Vaccination in Bombay 1869-1873 - 1869-1873
Year: 1869
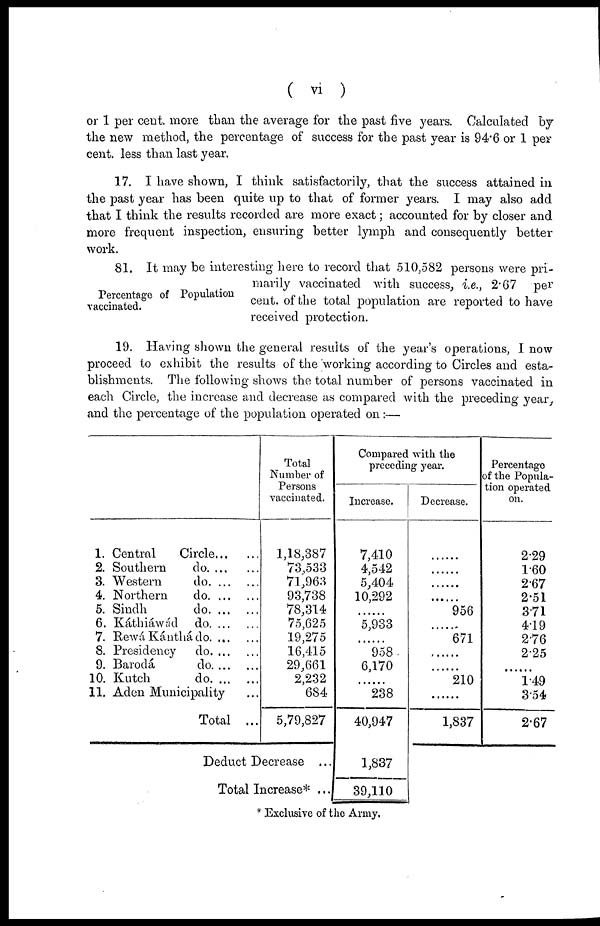
( vi )
or 1 per cent. more than the average for the past five years. Calculated by
the new method, the percentage of success for the past year is 94.6 or 1 per-
cent. less than last year.
17. I have shown, I think satisfactorily, that the success attained in
the past year has been quite up to that of former years. I may also add
that I think the results recorded are more exact; accounted for by closer and
more frequent inspection, ensuring better lymph and consequently better
work.
Percentage of Population
vaccinated.
81. It may be interesting here to record that 510,582 persons were pri-
marily vaccinated with success, i.e., 2.67 per
cent. of the total population are reported to have
received protection.
19. Having shown the general results of the year's operations, I now
proceed to exhibit the results of the working according to Circles and esta-
blishments. The following shows the total number of persons vaccinated in
each Circle, the increase and decrease as compared with the preceding year,
and the percentage of the population operated on:—
1. Central
Circle
2. Southern
do
3. Western
do
4. Northern
do
5. Sindh
do
6. Káthiáwád do
7. Rewá Kánthá do
8. Presidency
do
9. Barodá
do
10. Kutch
do
11. Aden Municipality....
Total ...
Total
Number of
Persons
vaccinated.
1,18,387
73,533
71,963
93,738
78,314
75,625
19,275
16,415
29,661
2,232
684
5,79,827
Deduct Decrease ...
Total Increase* ...
Compared with the
preceding year.
Increase.
7,410
4,542
5,404
10,292
......
5,933
......
958
6,170
......
238
40,947
1,837
39,110
Decrease.
.......
.......
.......
......
956
......
671
......
......
210
......
1,837
Percentage
of the Popula-
tion operated
on.
2.29
1.60
2.67
2.51
3.71
4.19
2.76
2.25
.......
1.49
3.54
2.67
* Exclusive of the Army.